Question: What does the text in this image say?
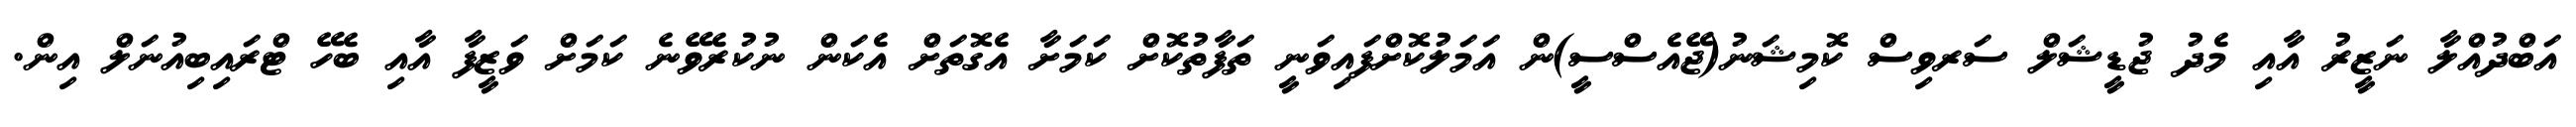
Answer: އަބްދުއްލާ ނަޒީރު އާއި މެދު ޖުޑީޝަލް ސަރވިސް ކޮމިޝަނު(ޖޭއެސްސީ)ން އަމަލުކޮށްފައިވަނީ ތަފާތުކޮށް ކަމަށާ އެގޮތަށް އެކަން ނުކުރެވޭނެ ކަމަށް ވަޒީފާ އާއި ބެހޭ ޓްރައިބިއުނަލް އިން.